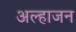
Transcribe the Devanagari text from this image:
अल्हाजन